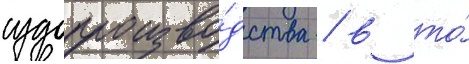
судопроизво́дства / в то́